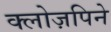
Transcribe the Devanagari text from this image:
क्लोज़पिने